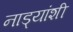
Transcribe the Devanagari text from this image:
नाड्यांशी